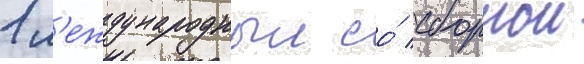
1 м'еждународныи со́ сборнои